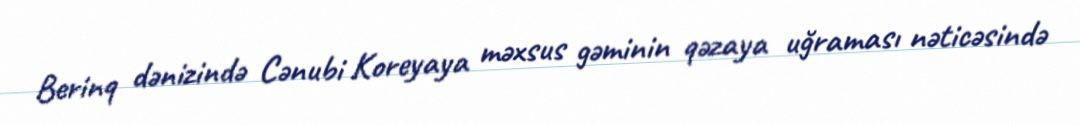
Berinq dənizində Cənubi Koreyaya məxsus gəminin qəzaya uğraması nəticəsində